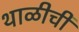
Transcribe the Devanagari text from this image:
थाळीची